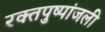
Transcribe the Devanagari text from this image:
रक्तपुष्पांजली